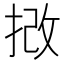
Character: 𢭮